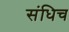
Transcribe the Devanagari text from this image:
संधिच